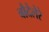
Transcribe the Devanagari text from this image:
बौदेलेरे